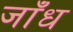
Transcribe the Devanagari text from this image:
जाँध